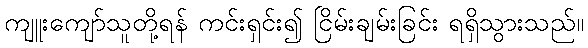
ကျူးကျော်သူတို့ရန် ကင်းရှင်း၍ ငြိမ်းချမ်းခြင်း ရရှိသွားသည်။